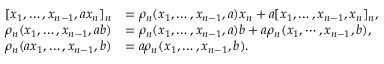
\begin{array} { r l } { [ x _ { 1 } , \dots , x _ { n - 1 } , a x _ { n } ] _ { n } } & { = \rho _ { n } ( x _ { 1 } , \dots , x _ { n - 1 } , a ) x _ { n } + a [ x _ { 1 } , \dots , x _ { n - 1 } , x _ { n } ] _ { n } , } \\ { \rho _ { n } ( x _ { 1 } , \dots , x _ { n - 1 } , a b ) } & { = \rho _ { n } ( x _ { 1 } , \dots , x _ { n - 1 } , a ) b + a \rho _ { n } ( x _ { 1 } , \cdots , x _ { n - 1 } , b ) , } \\ { \rho _ { n } ( a x _ { 1 } , \dots , x _ { n - 1 } , b ) } & { = a \rho _ { n } ( x _ { 1 } , \dots , x _ { n - 1 } , b ) . } \end{array}